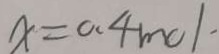
x = 0 . 4 m o 1 .